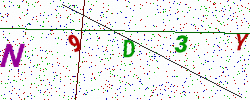
Text: N9D3Y